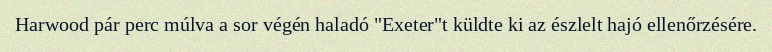
Harwood pár perc múlva a sor végén haladó "Exeter"t küldte ki az észlelt hajó ellenőrzésére.